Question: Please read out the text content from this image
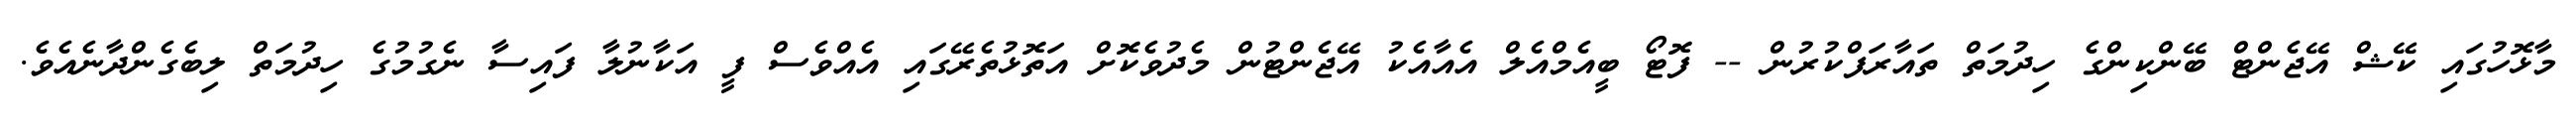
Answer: މާޅޮހުގައި ކޭޝް އޭޖެންޓް ބޭންކިންގެ ހިދުމަތް ތައާރަފްކުރުން -- ފޮޓޯ ބީއެމްއެލް އެއާއެކު އޭޖެންޓުން މެދުވެކޮށް އަތޮޅުތެރޭގައި އެއްވެސް ފީ އަކާނުލާ ފައިސާ ނެގުމުގެ ހިދުމަތް ލިބެގެންދާނެއެވެ.